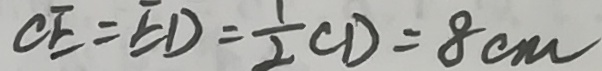
C E = E D = \frac { 1 } { 2 } C D = 8 c m